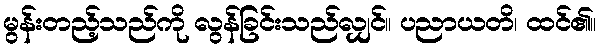
မွန်းတည့်သည်ကို လွန်ခြင်းသည်လျှင်။ ပညာယတိ၊ ထင်၏။